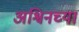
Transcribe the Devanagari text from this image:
अश्विनच्या